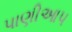
પાણીઆપ